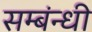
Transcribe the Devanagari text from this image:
सम्बंन्धी